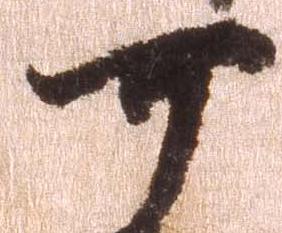
可